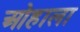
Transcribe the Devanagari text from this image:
ओहाला